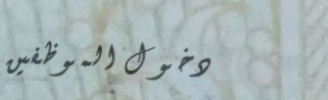
دخول الموظفين